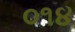
૦૧૪